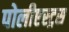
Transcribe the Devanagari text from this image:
पोलीएस्ट्रस